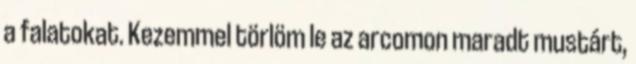
a falatokat. Kezemmel törlöm le az arcomon maradt mustárt,